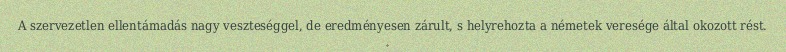
A szervezetlen ellentámadás nagy veszteséggel, de eredményesen zárult, s helyrehozta a németek veresége által okozott rést.